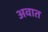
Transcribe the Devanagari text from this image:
अवात